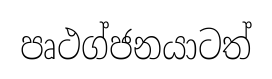
පෘථග්ජනයාටත්